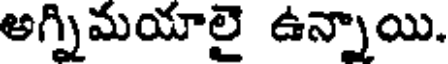
అగ్నిమయాలై ఉన్నాయి.